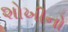
શોખીનો